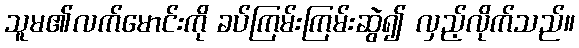
သူမ၏လက်မောင်းကို ခပ်ကြမ်းကြမ်းဆွဲ၍ လှည့်လိုက်သည်။